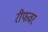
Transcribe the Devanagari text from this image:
रीफवर